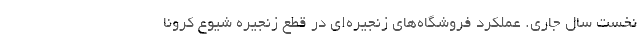
نخست سال جاری. عملکرد فروشگاه‌های زنجیره‌ای در قطع زنجیره شیوع کرونا